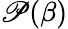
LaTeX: \mathscr{P}(\beta)